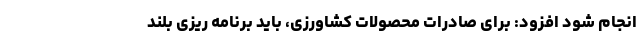
انجام شود افزود: برای صادرات محصولات کشاورزی، باید برنامه ریزی بلند